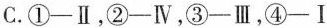
C.①-Ⅱ，②-Ⅳ，③-Ⅲ，④-Ⅰ